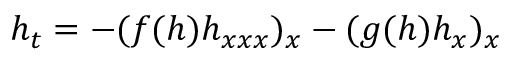
h _ { t } = - ( f ( h ) h _ { x x x } ) _ { x } - ( g ( h ) h _ { x } ) _ { x }